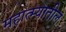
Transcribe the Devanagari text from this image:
महात्म्यातील